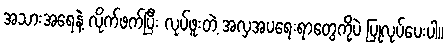
အသားအရေနဲ့ လိုက်ဖက်ပြီး လုပ်ဖူးတဲ့ အလှအပရေးရာတွေကိုပဲ ပြုလုပ်ပေးပါ။